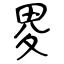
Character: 畟